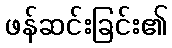
ဖန်ဆင်းခြင်း၏